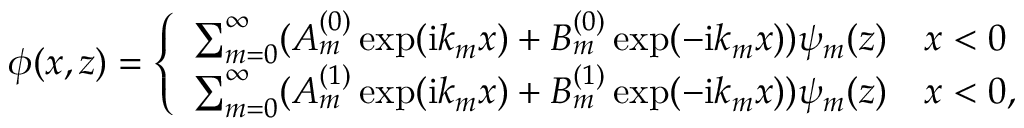
\phi ( x , z ) = \left\{ \begin{array} { l l } { \sum _ { m = 0 } ^ { \infty } ( A _ { m } ^ { ( 0 ) } \exp ( \mathrm { i } k _ { m } x ) + B _ { m } ^ { ( 0 ) } \exp ( - \mathrm { i } k _ { m } x ) ) \psi _ { m } ( z ) } & { x < 0 } \\ { \sum _ { m = 0 } ^ { \infty } ( A _ { m } ^ { ( 1 ) } \exp ( \mathrm { i } k _ { m } x ) + B _ { m } ^ { ( 1 ) } \exp ( - \mathrm { i } k _ { m } x ) ) \psi _ { m } ( z ) } & { x < 0 , } \end{array} \right.